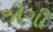
જોગી